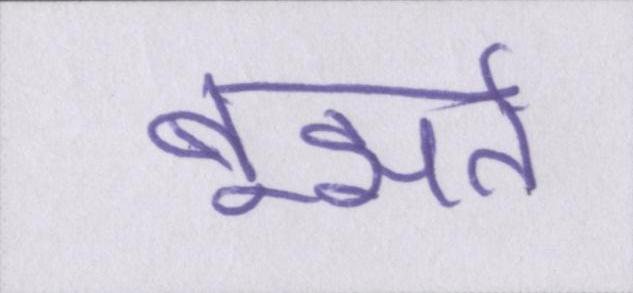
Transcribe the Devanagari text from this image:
बूझते